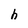
Character: h